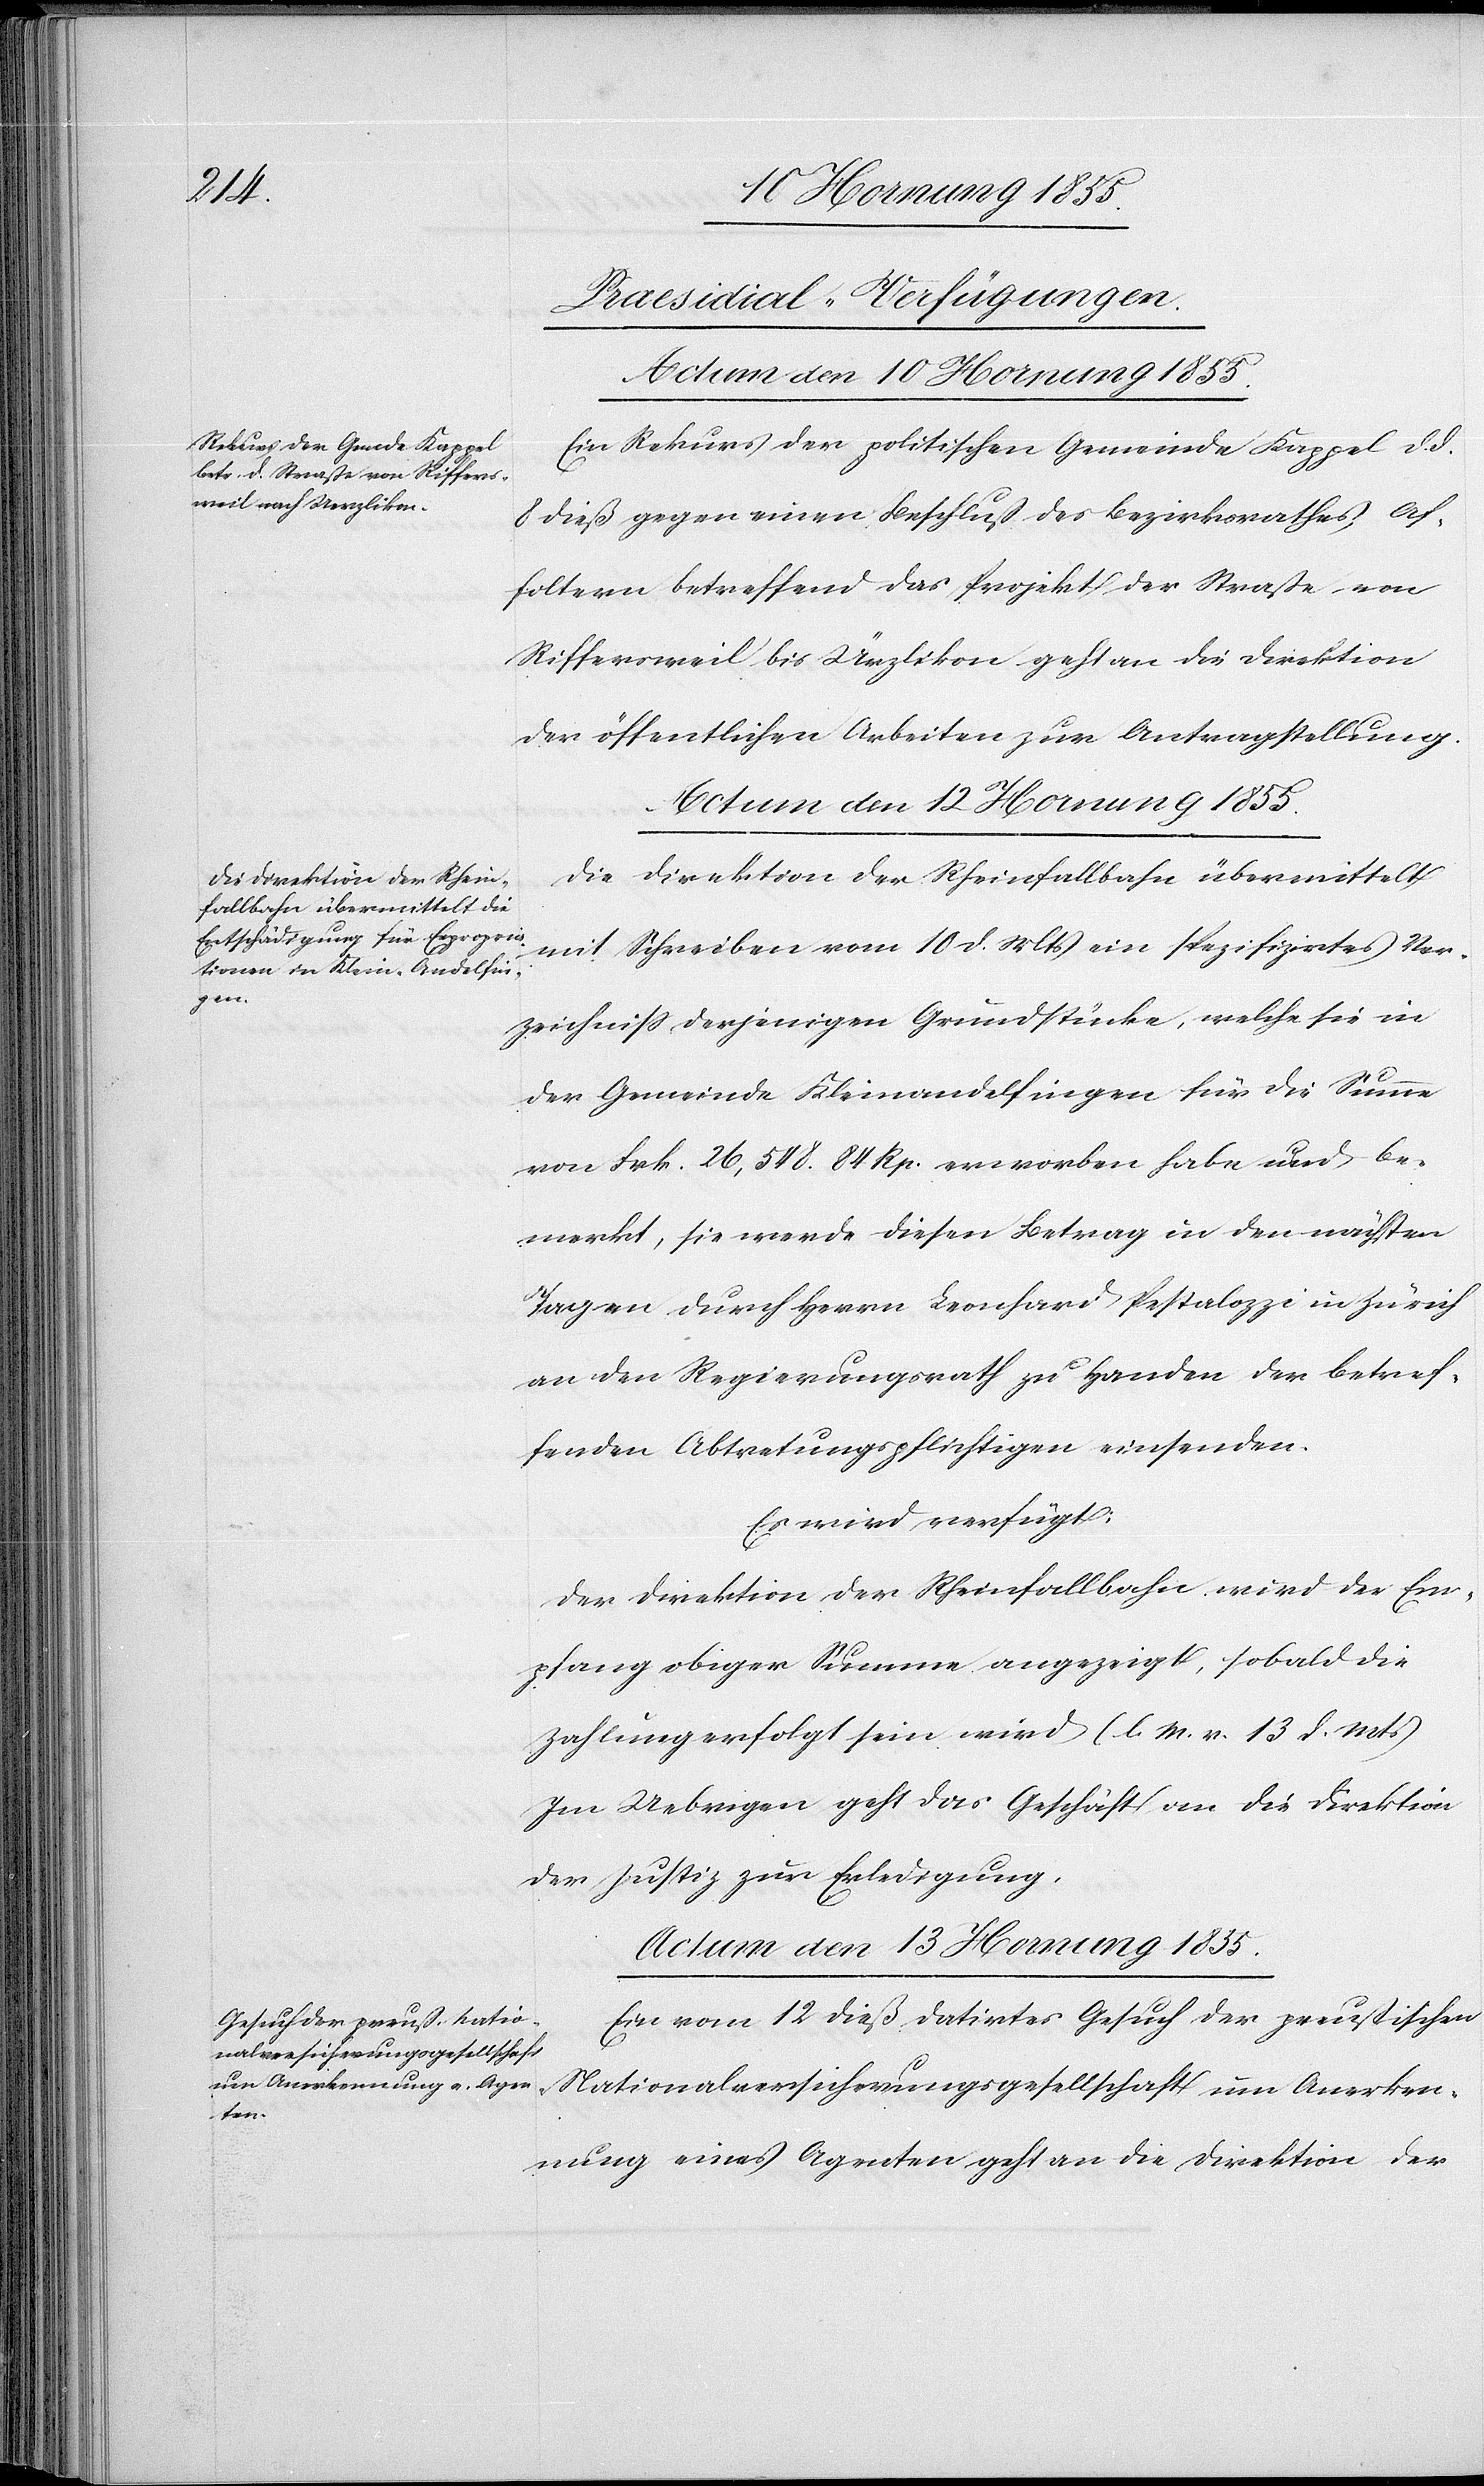
[Praesidial-Verfügungen.]
Actum den 10 Hornung 1855.
Ein Rekurs der politischen Gemeinde Kappel d. d.
8 dieß gegen einen Beschluss des Bezirksrathes Af¬
foltern betreffend das Projekt der Straße von
Riffersweil bis Ürzlikon geht an die Direktion
der öffentlichen Arbeiten zur Antragstellung.
Die Direktion der Rheinfallbahn übermittelt
mit Schreiben vom 10 d. Mts ein spezifizirtes Ver¬
zeichniß derjenigen Grundstücke, welche sie in
der Gemeinde Kleinandelfingen für die Summe
von Frk. 26,548. 84 Rp. erworben habe und be¬
merkt, sie werde diesen Betrag in den nächsten
Tagen durch Herrn Leonhard Pestalozzi in Zürich
an den Regierungsrath zu Handen der betref¬
fenden Abtretungspflichtigen einsenden.
Es wird verfügt:
Der Direktion der Rheinfallbahn wird der Em¬
pfang obiger Summe angezeigt, sobald die
Zahlung erfolgt sein wird (l. M. v. 13 d. Mts)
Im Uebrigen geht das Geschäft an die Direktion
der Justiz zur Erledigung.
Actum den 13 Hornung 1855.
Ein vom 12 dieß datirtes Gesuch der preussischen
Nationalversicherungsgesellschaft um Anerken¬
nung eines Agenten geht an die Direktion der